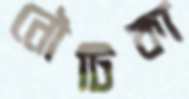
নৌটিকা